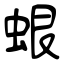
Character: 蛝